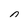
Character: 0